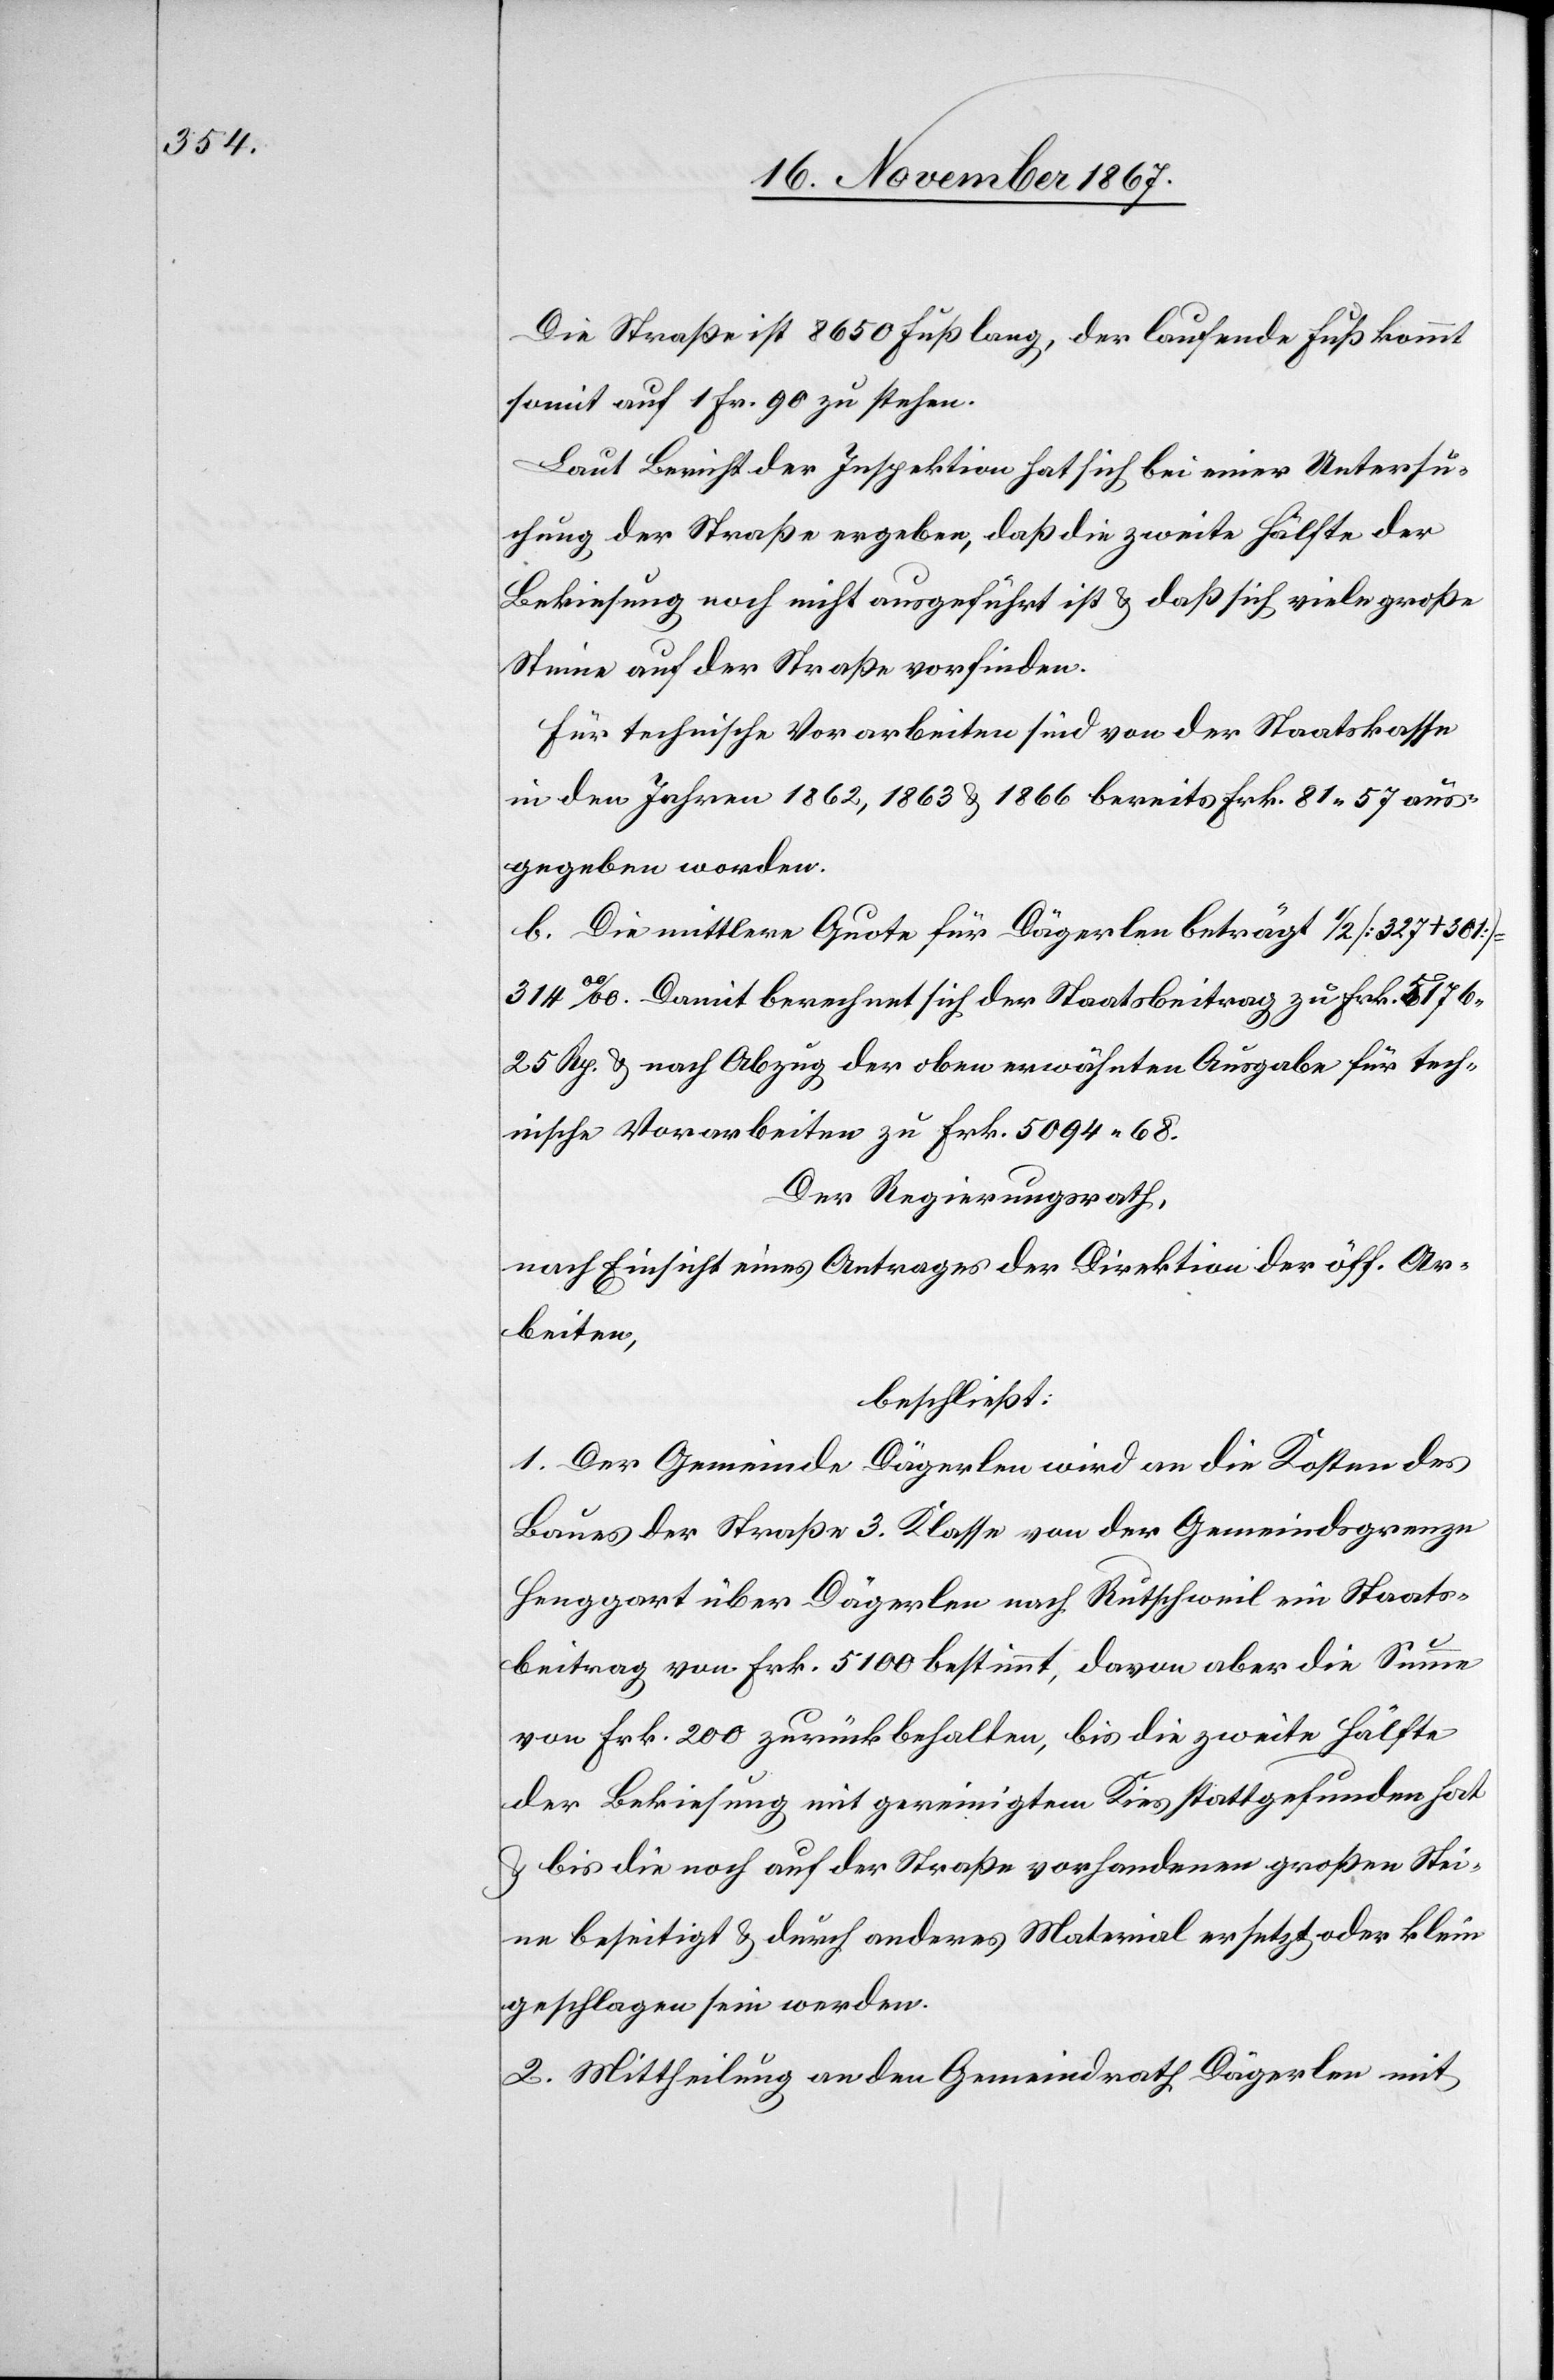
Die Straße ist 8650 Fuß lang, der laufende Fuß kommt
somit auf 1 Fr. 90 zu stehen.
Laut Bericht der Inspektion hat sich bei einer Untersu¬
chung der Straße ergeben, daß die zweite Hälfte der
Bekiesung noch nicht ausgeführt ist u. daß sich viele große
Steine auf der Straße vorfinden.
Für technische Vorarbeiten sind von der Staatskasse
in den Jahren 1862, 1863 u. 1866 bereits Frk. 81.57 aus¬
gegeben worden.
b. Die mittlere Quote für Dägerlen beträgt 1/2 [327+301]
314 ‰. Damit berechnet sich der Staatsbeitrag zu Frk. 5176.25
Rp. u. nach Abzug der oben erwähnten Ausgabe für tech¬
nische Vorarbeiten zu Frk. 5094.68.
Der Regierungsrath,
nach Einsicht eines Antrages der Direktion der öff. Ar¬
beiten,
beschließt:
1. Der Gemeinde Dägerlen wird an die Kosten des
Baues der Straße 3. Klasse von der Gemeindsgrenze
Henggart über Dägerlen nach Rutschweil ein Staats¬
beitrag von Frk. 5100 bestimmt, davon aber die Summe
von Frk. 200 zurückbehalten, bis die zweite Hälfte
der Bekiesung mit geeignetem Kies stattgefunden hat
u. bis die noch auf der Straße vorhandenen großen Stei¬
ne beseitigt u. durch anderes Material ersetzt oder klein¬
geschlagen sein werden.
2. Mittheilung an den Gemeindrath Dägerlen mit